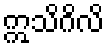
ဣသိဂိလိ